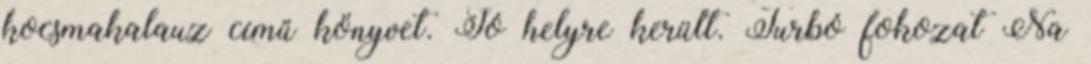
kocsmakalauz című könyvet. Jó helyre került. Turbó fokozat Na